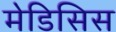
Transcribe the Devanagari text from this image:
मेडिसिस